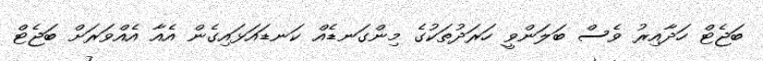
ބަޖެޓް ހަދާއިރު ވެސް ބަލަންވީ ހަރަދުތަކުގެ މިންގަނޑެއް ކަނޑައަޅައިގެން އެއާ އެއްވަރަށް ބަޖެޓް